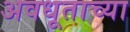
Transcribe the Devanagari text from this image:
अवधूताच्या